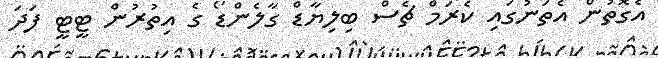
އެގޮތުން އެތަނުގައި ކެރަމް ޗެސް ބިލިޔާޑް ގާލެންޑޯ ގެ އިތުރުން ޓީޓީ ފަދަ